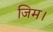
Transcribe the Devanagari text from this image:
जिम।